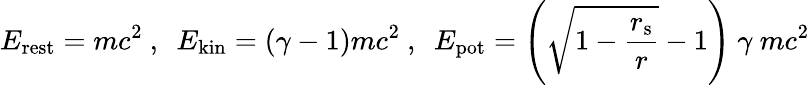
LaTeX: E_{\mathrm{{rest}}}=mc^{2}\ ,\ \ E_{\mathrm{{kin}}}=(\gamma-1)mc^{2}\ ,\ \ E_{\mathrm{{pot}}}=\left({\sqrt{1-{\frac{r_{\mathrm{{s}}}}{r}}}}-1\right)\ \gamma\ mc^{2}